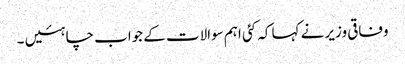
وفاقی وزیر نے کہا کہ کئی اہم سوالات کے جواب چاہئیں ۔